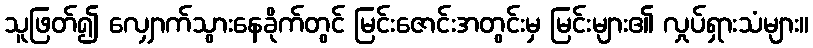
သူဖြတ်၍ လျှောက်သွားနေခိုက်တွင် မြင်းဇောင်းအတွင်းမှ မြင်းများ၏ လှုပ်ရှားသံများ။